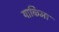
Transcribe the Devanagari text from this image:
याकिमा